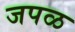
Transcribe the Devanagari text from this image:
जपळ